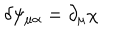
\delta \psi _ { \mu \alpha } = \partial _ { \mu } \chi